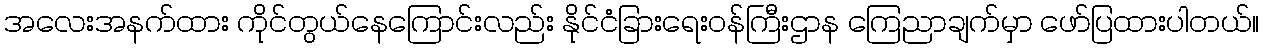
အလေးအနက်ထား ကိုင်တွယ်နေကြောင်းလည်း နိုင်ငံခြားရေးဝန်ကြီးဌာန ကြေညာချက်မှာ ဖော်ပြထားပါတယ်။